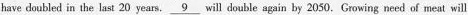
have doubled in the last 20 years. \underline{9} will double again by 2050. Growing need of meat will